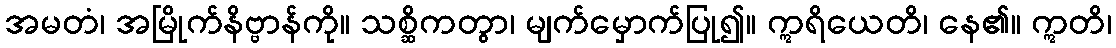
အမတံ၊ အမြိုက်နိဗ္ဗာန်ကို။ သစ္ဆိကတွာ၊ မျက်မှောက်ပြု၍။ ဣရိယေတိ၊ နေ၏။ ဣတိ၊